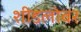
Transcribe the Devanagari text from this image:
शीडलोवर